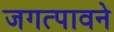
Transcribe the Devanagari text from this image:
जगत्पावने